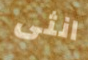
انثى